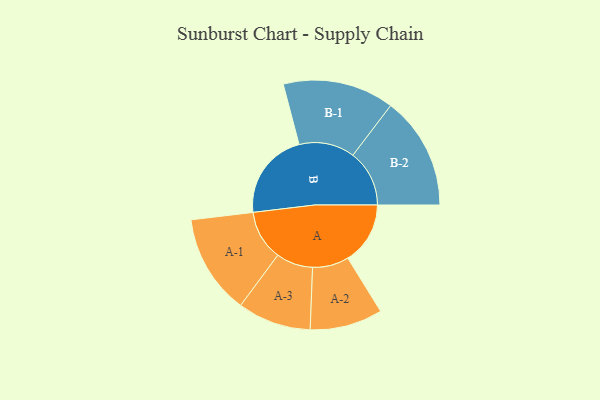
{"axis": {"x": "Segment", "y": "Value"}, "legend": ["", "A", "B"], "data": [{"x": "A", "y": 316, "type": ""}, {"x": "B", "y": 445, "type": ""}, {"x": "A-1", "y": 253, "type": "A"}, {"x": "A-2", "y": 184, "type": "A"}, {"x": "A-3", "y": 186, "type": "A"}, {"x": "B-1", "y": 282, "type": "B"}, {"x": "B-2", "y": 286, "type": "B"}]}